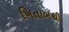
ખિતાબથી